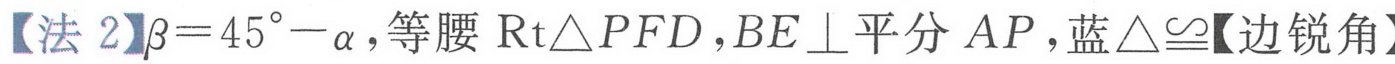
【法 2】$\beta = 45^{\circ}-\alpha$，等腰$\text{Rt}\triangle PFD$，$BE\perp$平分$AP$，蓝$\triangle\cong$【边锐角】